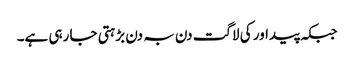
جبکہ پیداور کی لاگت دن بہ دن بڑہتی جا رہی ہے۔